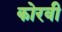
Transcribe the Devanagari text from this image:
कोरवी